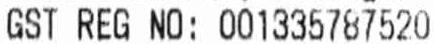
GST REG NO: 001335787520